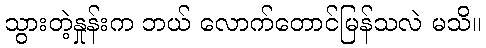
သွားတဲ့နှုန်းက ဘယ် လောက်တောင်မြန်သလဲ မသိ။